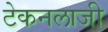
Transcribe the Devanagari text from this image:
टेकनलाजी